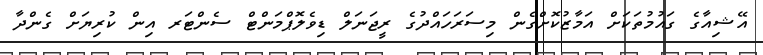
އޭޝިއާގެ ގައުމުތަކަށް އަމާޒުކޮށްގެން މިސަރަހައްދުގެ ރީޖަނަލް ޑިވެލޮޕްމަންޓް ސެންޓަރ އިން ކުރިޔަށް ގެންދާ